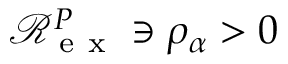
\mathcal R _ { \mathrm { ~ e ~ x ~ } } ^ { P } \ni \rho _ { \alpha } > 0